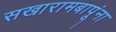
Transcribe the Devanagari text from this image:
सखारामबापूंना